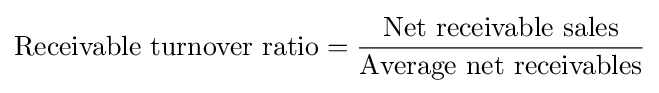
\mathrm {Receivable\ turnover\ ratio} ={\mathrm {Net\ receivable\ sales}  \over \mathrm {Average\ net\ receivables} }